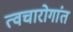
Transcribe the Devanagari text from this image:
त्वचारोगांत